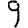
Digit: 9